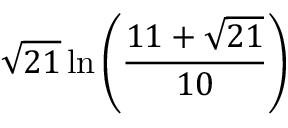
{ \sqrt { 2 1 } } \ln \left( { \frac { 1 1 + { \sqrt { 2 1 } } } { 1 0 } } \right)